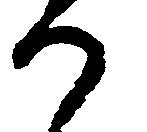
か